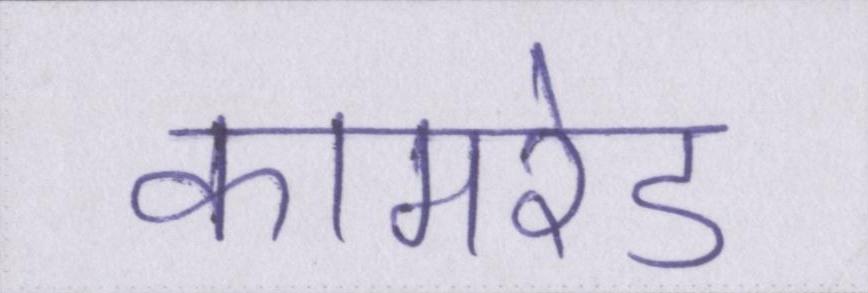
कामरेड